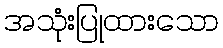
အသုံးပြုထားသော